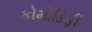
કોમોડિફી